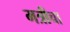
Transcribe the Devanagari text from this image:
मत्रीचा